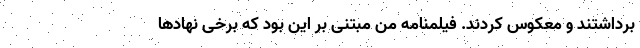
برداشتند و معکوس کردند. فیلمنامه من مبتنی بر این بود که برخی نهادها